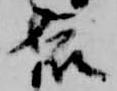
依